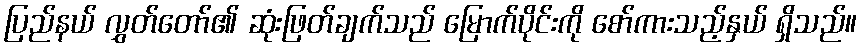
ပြည်နယ် လွှတ်တော်၏ ဆုံးဖြတ်ချက်သည် မြောက်ပိုင်းကို စော်ကားသည့်နှယ် ရှိသည်။